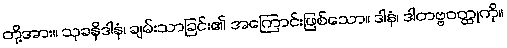
တို့အား။ သုခနိဒါနံ၊ ချမ်းသာခြင်း၏ အကြောင်းဖြစ်သော။ ဒါနံ၊ ဒါတဗ္ဗဝတ္ထုကို။